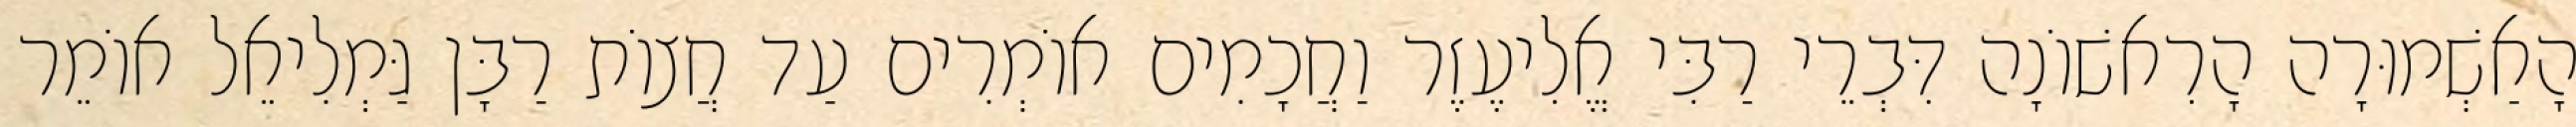
הָאַשְׁמוּרָה הָרִאשׁוֹנָה דִּבְרֵי רַבִּי אֱלִיעֶזֶר וַחֲכָמִים אוֹמְרִים עַד חֲצוֹת רַבָּן גַּמְלִיאֵל אוֹמֵר